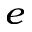
_ e